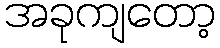
အခုကျတော့